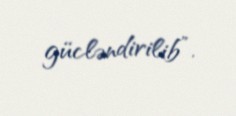
gücləndirilib”.